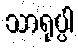
သာရုပ္ပါ